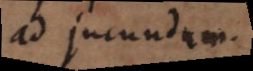
ad jucundum.